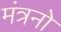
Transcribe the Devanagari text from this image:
मंत्रनो